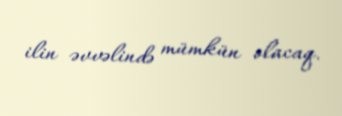
ilin əvvəlində mümkün olacaq.